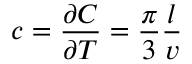
c = \frac { \partial C } { \partial T } = \frac { \pi } { 3 } \frac { l } { v }